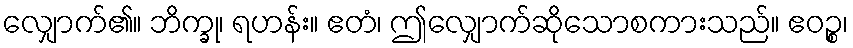
လျှောက်၏။ ဘိက္ခု၊ ရဟန်း။ ဧတံ၊ ဤလျှောက်ဆိုသောစကားသည်။ ဧဝဉ္စ၊